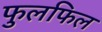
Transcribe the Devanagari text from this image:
फुलफिल